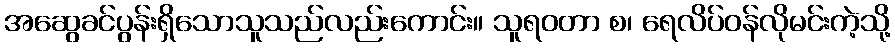
အဆွေခင်ပွန်းရှိသောသူသည်လည်းကောင်း။ သူရဝတာ စ၊ ရေလိပ်ဝန်လိုမင်းကဲ့သို့